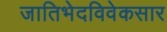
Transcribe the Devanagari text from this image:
जातिभेदविवेकसार